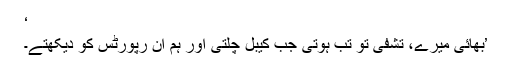
‘
’بھائی میرے، تشفی تو تب ہوتی جب کیبل چلتی اور ہم ان رپورٹس کو دیکھتے۔